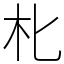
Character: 朼